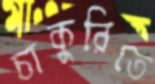
চাকুরিতে